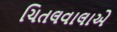
ચિતલવાલાએ